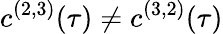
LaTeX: c^{(2,3)}(\tau)\neq c^{(3,2)}(\tau)